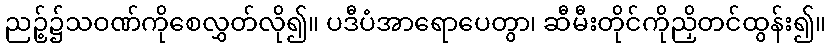
ညဉ့်၌သဝဏ်ကိုစေလွှတ်လို၍။ ပဒီပံအာရောပေတွာ၊ ဆီမီးတိုင်ကိုညှိတင်ထွန်း၍။